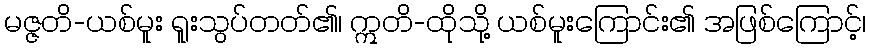
မဇ္ဇတိ-ယစ်မူး ရူးသွပ်တတ်၏၊ ဣတိ-ထိုသို့ ယစ်မူးကြောင်း၏ အဖြစ်ကြောင့်၊